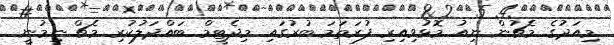
މިއަދުގެ މެޗުން ނިއު މޮޅުވިއިރި ފުރަތަމަ ބުރުގައި މިދެޓީމް ބައްދަލުކުރި މެޗް ނިމުނީ